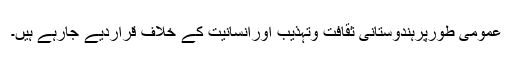
عمومی طورپرہندوستانی ثقافت وتہذیب اورانسانیت کے خلاف قراردیے جارہے ہیں۔